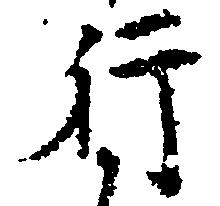
行